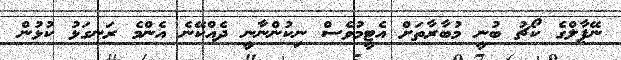
ނޭޕާލްގެ ކޯޗު ބުނީ މުބާރާތަށް އެޓީމުވެސް ނިކުންނާނީ ދެއްކޭނެ އެންމެ ރަނގަޅު ކުޅުން